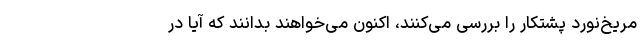
مریخ‌نورد پشتکار را بررسی می‌کنند، اکنون می‌خواهند بدانند که آیا در